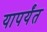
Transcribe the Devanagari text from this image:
यापर्यंत